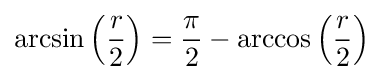
\arcsin \left({\frac {r}{2}}\right)={\frac {\pi }{2}}-\arccos \left({\frac {r}{2}}\right)